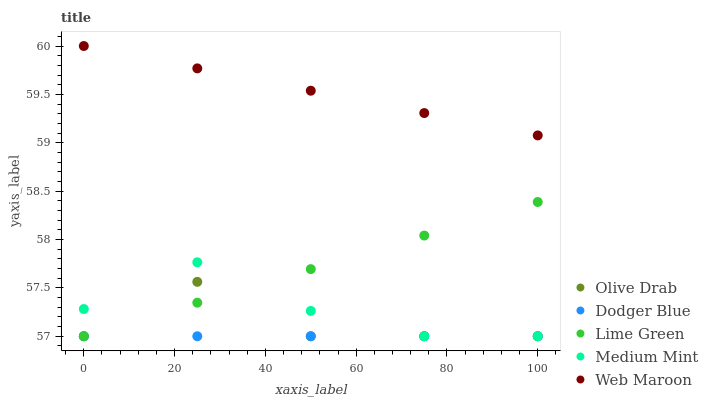
| xaxis_label | Olive Drab | Dodger Blue | Lime Green | Medium Mint | Web Maroon |
 | --- | --- | --- | --- | --- | --- |
 | 0 | 57 | 57 | 57 | 57.3 | 60 |
 | 25 | 57.6 | 57 | 57.3 | 57.8 | 59.8 |
 | 50 | 57 | 57 | 57.7 | 57.3 | 59.5 |
 | 75 | 57 | 57 | 58 | 57 | 59.3 |
 | 100 | 57 | 57 | 58.4 | 57 | 59.1 |